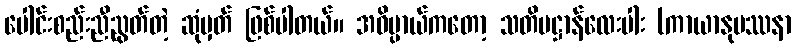
ပေါင်းစည်းညီညွတ်တဲ့ ဆုံမှတ် ဖြစ်ပါတယ်။ အဓိပ္ပာယ်ကတော့ သတိပဋ္ဌာန်လေးပါး (ကာယာနုပဿနာ